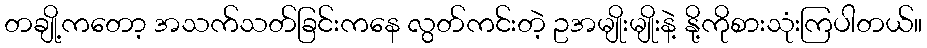
တချို့ကတော့ အသက်သတ်ခြင်းကနေ လွတ်ကင်းတဲ့ ဥအမျိုးမျိုးနဲ့ နို့ကိုစားသုံးကြပါတယ်။